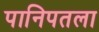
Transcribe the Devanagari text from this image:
पानिपतला